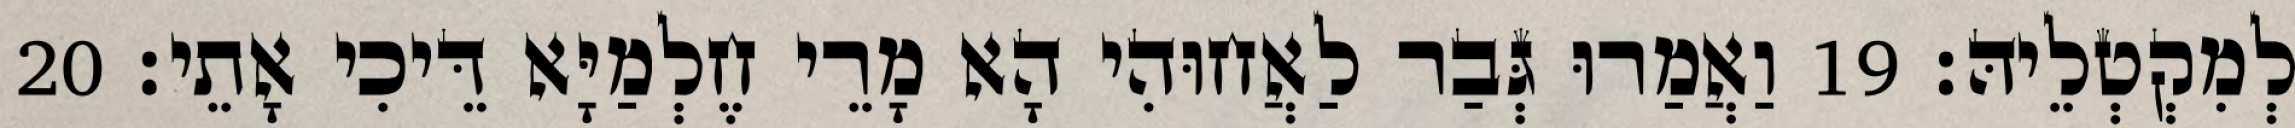
לְמִקְטְלֵיהּ׃ 19 וַאֲמַרוּ גְּבַר לַאֲחוּהִי הָא מָרֵי חֶלְמַיָּא דֵּיכִי אָתֵי׃ 20